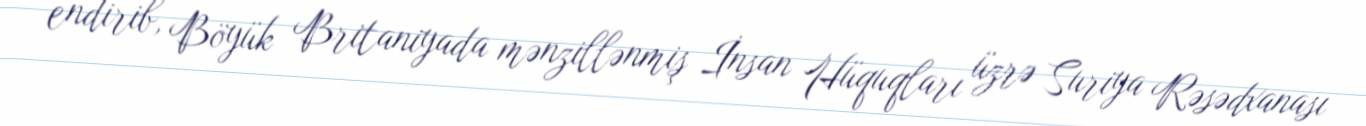
endirib, Böyük Britaniyada mənzillənmiş İnsan Hüquqları üzrə Suriya Rəsədxanası